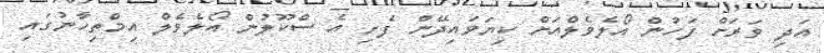
އަދި ވަރަށް ފަހުން އޯލެވެލްއަށް ކިޔަވައިދޭން ފެށި އެ ސްކޫލުން އޯލެވެލް އިމްތިހާނުގައި